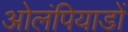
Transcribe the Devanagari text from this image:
ओलंपियाडों